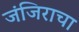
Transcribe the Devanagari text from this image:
जंजिराचा